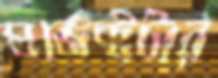
প্রজেক্টটার